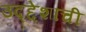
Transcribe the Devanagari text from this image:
उद्द्देशाची